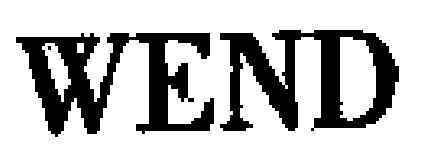
\text{WEND}